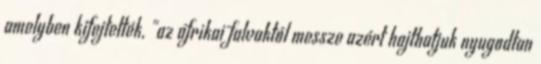
amelyben kifejtették, "az afrikai falvaktól messze azért hajthatjuk nyugodtan